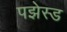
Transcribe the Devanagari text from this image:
पझेस्ड